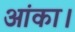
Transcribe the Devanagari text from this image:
आंका।